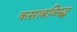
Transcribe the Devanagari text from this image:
कसाबविरुद्ध